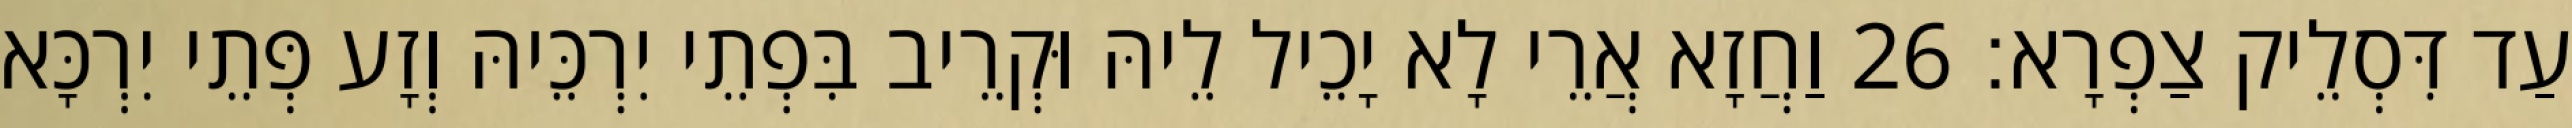
עַד דִּסְלֵיק צַפְרָא׃ 26 וַחֲזָא אֲרֵי לָא יָכֵיל לֵיהּ וּקְרֵיב בִּפְתֵי יִרְכֵּיהּ וְזָע פְּתֵי יִרְכָּא